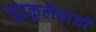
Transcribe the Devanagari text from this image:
चुटकुलेबाजी